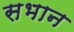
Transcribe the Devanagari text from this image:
सभान